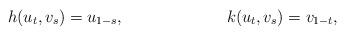
LaTeX: \begin{align*} h(u_t,v_s) &{}= u_{1-s}, & k(u_t,v_s) &{}= v_{1-t},\end{align*}